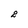
Character: 2